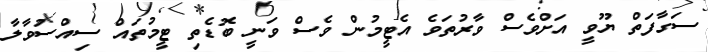
ސަގާފަތް ޔޫވީ އަށްވެސް ވާރުތަވެ އެޓީމުން ވެސް ވަނީ ބޮޑެތި ޓީމުތައް ސިއްސުވާލާ